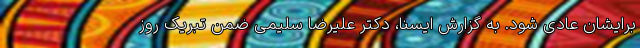
برایشان عادی شود. به گزارش ایسنا، دکتر علیرضا سلیمی ضمن تبریک روز